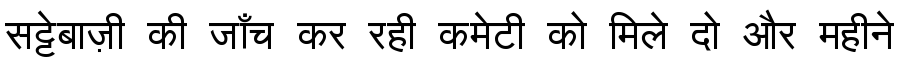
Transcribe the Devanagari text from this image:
सट्टेबाज़ी की जाँच कर रही कमेटी को मिले दो और महीने